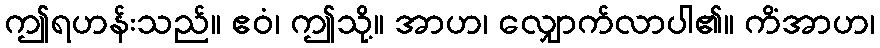
ဤရဟန်းသည်။ ဧဝံ၊ ဤသို့။ အာဟ၊ လျှောက်လာပါ၏။ ကိံအာဟ၊